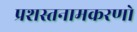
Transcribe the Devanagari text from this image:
प्रशस्तनामकरणो